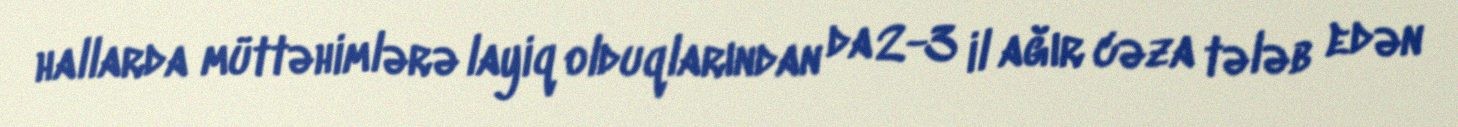
hallarda müttəhimlərə layiq olduqlarından da 2-3 il ağır cəza tələb edən